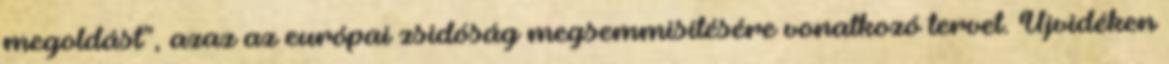
megoldást”, azaz az európai zsidóság megsemmisítésére vonatkozó tervet. Újvidéken